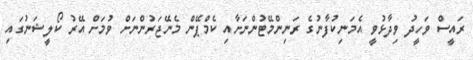
ރައީސް ވަހީދު ވިދާޅުވީ އެމަނިކުފާނުގެ ރަނިންމޭޓުންނަށާއި ކެމްޕޭން މެނޭޖަރުންނަށް ވުމަށް އޭރު ކޯލީޝަނުގައި